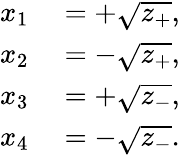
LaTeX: \begin{array}{rl}{x_{1}}&{{}=+{\sqrt{z_{+}}},}\\ {x_{2}}&{{}=-{\sqrt{z_{+}}},}\\ {x_{3}}&{{}=+{\sqrt{z_{-}}},}\\ {x_{4}}&{{}=-{\sqrt{z_{-}}}.}\end{array}